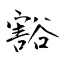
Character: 豁